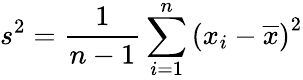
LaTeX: s^{2}={\frac{1}{n-1}}\sum_{i=1}^{n}\left(x_{i}-{\overline{{x}}}\right)^{2}